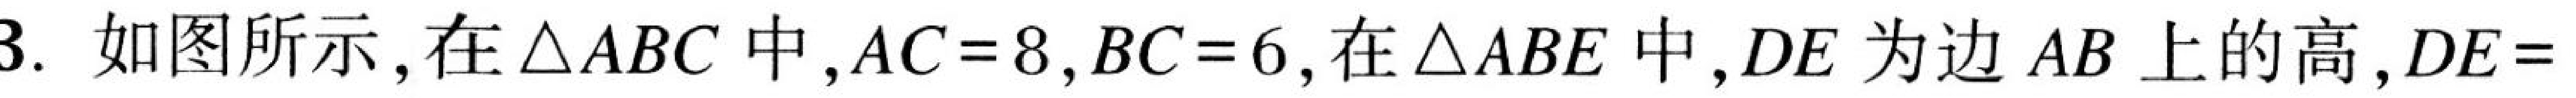
如图所示，在\(\triangle ABC\)中，\(AC = 8\)，\(BC = 6\)，在\(\triangle ABE\)中，\(DE\)为边\(AB\)上的高，\(DE = 3\).